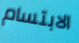
الابتسام